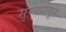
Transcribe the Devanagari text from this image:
सुरतपासून